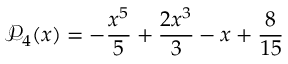
\mathcal { P } _ { 4 } ( x ) = - \frac { x ^ { 5 } } { 5 } + \frac { 2 x ^ { 3 } } { 3 } - x + \frac { 8 } { 1 5 }